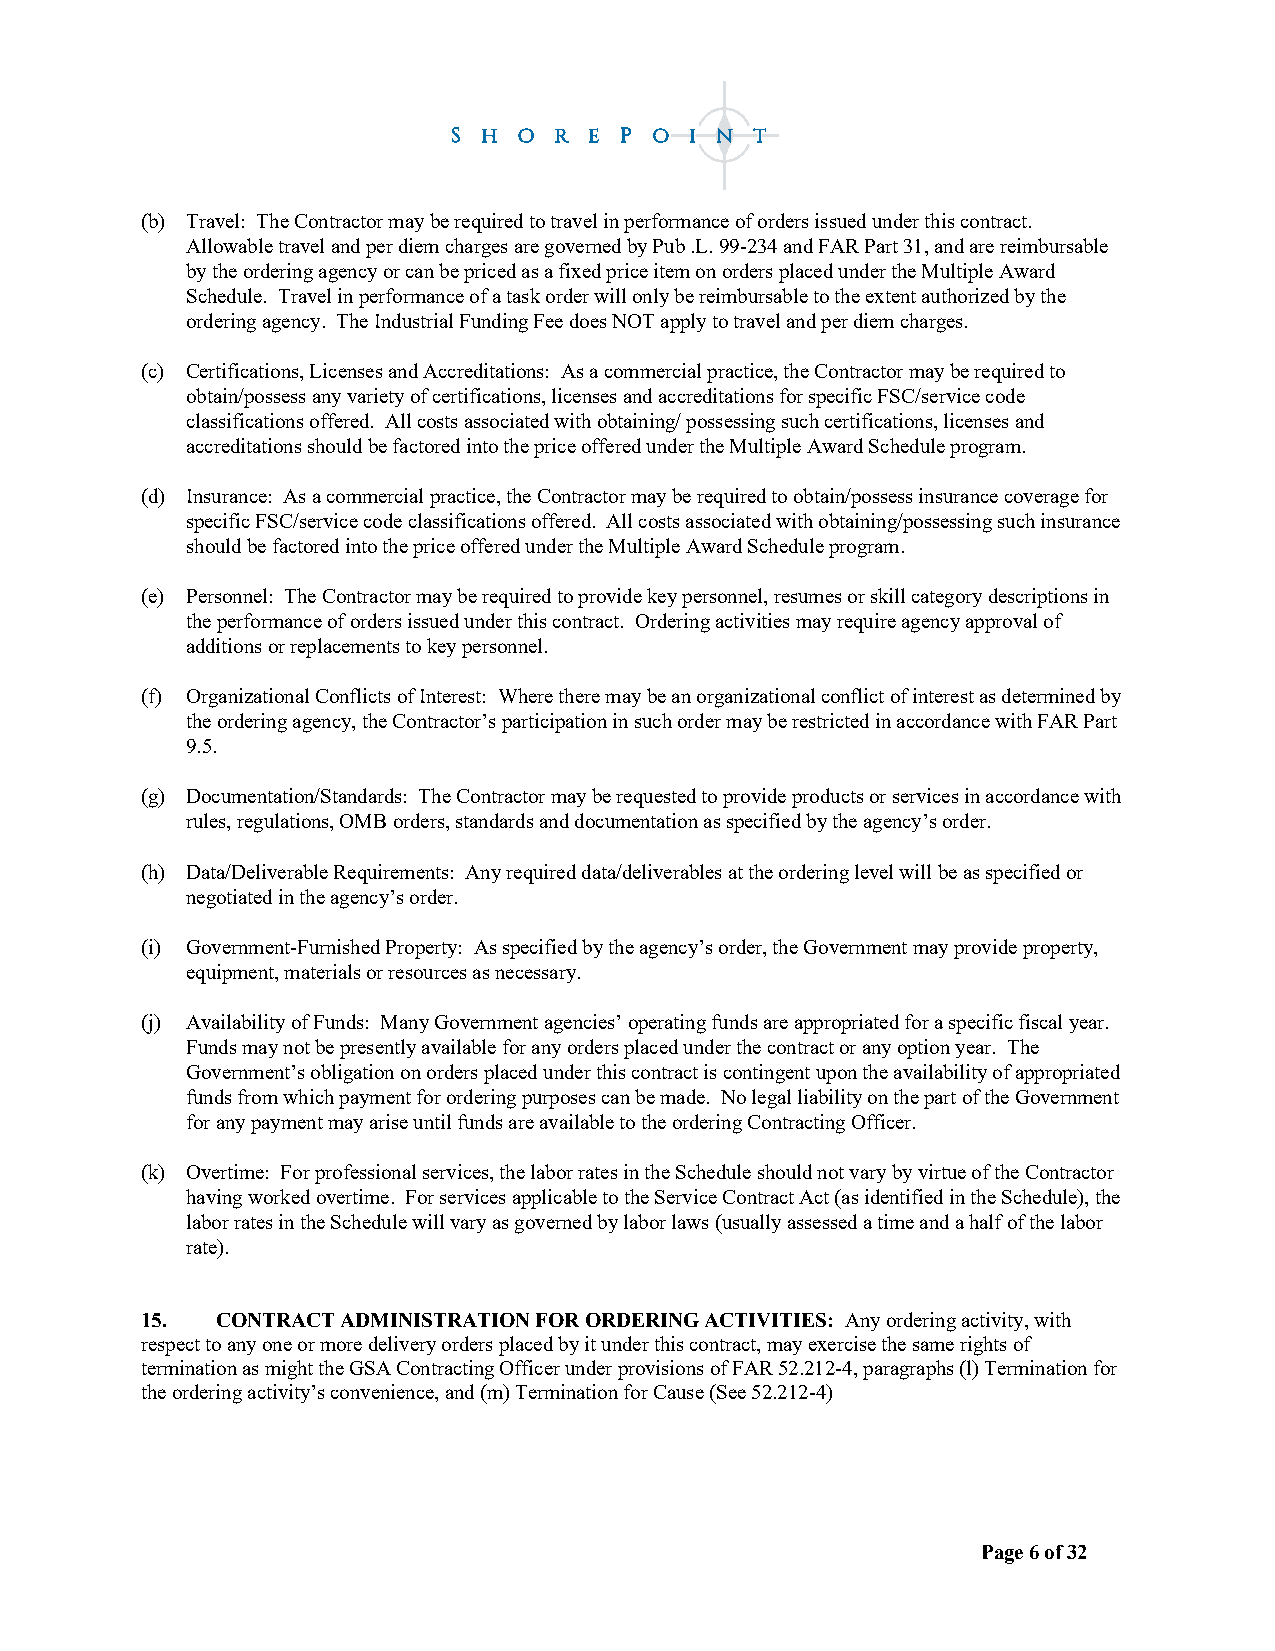
(b) Travel: The Contractor may be required to travel in performance of orders issued under this contract.
 Allowable travel and per diem charges are governed by Pub .L. 99-234 and FAR Part 31, and are reimbursable
 by the ordering agency or can be priced as a fixed price item on orders placed under the Multiple Award
 Schedule. Travel in performance of a task order will only be reimbursable to the extent authorized by the
 ordering agency. The Industrial Funding Fee does NOT apply to travel and per diem charges.
 (c) Certifications, Licenses and Accreditations: As a commercial practice, the Contractor may be required to
 obtain/possess any variety of certifications, licenses and accreditations for specific FSC/service code
 classifications offered. All costs associated with obtaining/ possessing such certifications, licenses and
 accreditations should be factored into the price offered under the Multiple Award Schedule program.
 (d) Insurance: As a commercial practice, the Contractor may be required to obtain/possess insurance coverage for
 specific FSC/service code classifications offered. All costs associated with obtaining/possessing such insurance
 should be factored into the price offered under the Multiple Award Schedule program.
 (e) Personnel: The Contractor may be required to provide key personnel, resumes or skill category descriptions in
 the performance of orders issued under this contract. Ordering activities may require agency approval of
 additions or replacements to key personnel.
 (f) Organizational Conflicts of Interest: Where there may be an organizational conflict of interest as determined by
 the ordering agency, the Contractor’s participation in such order may be restricted in accordance with FAR Part
 9.5.
 (g) Documentation/Standards: The Contractor may be requested to provide products or services in accordance with
 rules, regulations, OMB orders, standards and documentation as specified by the agency’s order.
 (h) Data/Deliverable Requirements: Any required data/deliverables at the ordering level will be as specified or
 negotiated in the agency’s order.
 (i) Government-Furnished Property: As specified by the agency’s order, the Government may provide property,
 equipment, materials or resources as necessary.
 (j) Availability of Funds: Many Government agencies’ operating funds are appropriated for a specific fiscal year.
 Funds may not be presently available for any orders placed under the contract or any option year. The
 Government’s obligation on orders placed under this contract is contingent upon the availability of appropriated
 funds from which payment for ordering purposes can be made. No legal liability on the part of the Government
 for any payment may arise until funds are available to the ordering Contracting Officer.
 (k) Overtime: For professional services, the labor rates in the Schedule should not vary by virtue of the Contractor
 having worked overtime. For services applicable to the Service Contract Act (as identified in the Schedule), the
 labor rates in the Schedule will vary as governed by labor laws (usually assessed a time and a half of the labor
 rate).
 15.  CONTRACT ADMINISTRATION FOR ORDERING ACTIVITIES: Any ordering activity, with
 respect to any one or more delivery orders placed by it under this contract, may exercise the same rights of
 termination as might the GSA Contracting Officer under provisions of FAR 52.212-4, paragraphs (l) Termination for
 the ordering activity’s convenience, and (m) Termination for Cause (See 52.212-4)
 Page 6 of 32